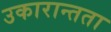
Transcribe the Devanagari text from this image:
उकारान्तता